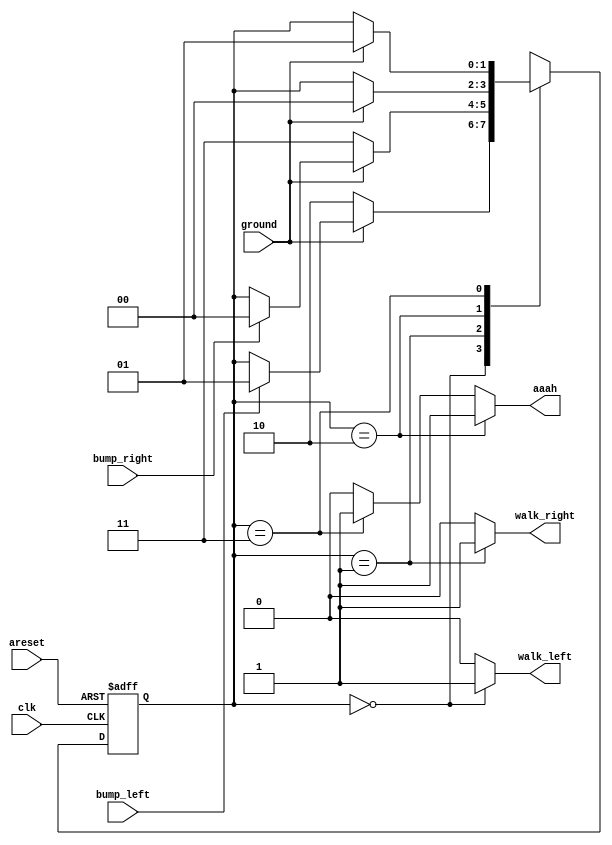
module top_module(
    input clk,
    input areset,    // Freshly brainwashed Lemmings walk left.
    input bump_left,
    input bump_right,
    input ground,
    output walk_left,
    output walk_right,
    output aaah ); 
     reg [1:0] state, next_state;
	parameter LEFT = 2'b00, RIGHT = 2'b01, FALL_L = 2'b10, FALL_R = 2'b11;
    always @(*) begin
        // State transition logic
        next_state = state;
        case(state)
            LEFT: if(!ground)
                	next_state = FALL_L;
                else if(bump_left)
                	next_state = RIGHT;
            RIGHT:if(!ground)
                	next_state = FALL_R;
                else if(bump_right)
                	next_state = LEFT;
            FALL_L: if(ground)
                	next_state = LEFT;
            FALL_R: if(ground)
                	next_state = RIGHT;
            
            
        endcase
        
    end

    always @(posedge clk, posedge areset) begin
        // State flip-flops with asynchronous reset
        if(areset)
            state = LEFT;
        else
            state = next_state;
    end

    // Output logic
    assign walk_left = state == LEFT?1:0;
    assign walk_right = state == RIGHT?1:0;
    assign aaah = state == FALL_L?1:state == FALL_R?1:0;
    // assign walk_left = (state == ...);
    // assign walk_right = (state == ...);

endmodule